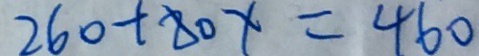
2 6 0 + 8 0 x = 4 6 0